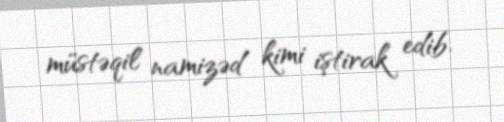
müstəqil namizəd kimi iştirak edib.